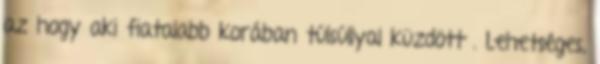
az hogy aki fiatalabb korában túlsúllyal küzdött . Lehetséges,